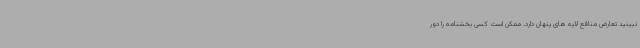
نبینید تعارض منافع لایه های پنهان دارد. ممکن است کسی بخشنامه را دور